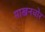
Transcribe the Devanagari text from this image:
माखनचोर